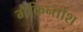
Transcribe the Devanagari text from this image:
मैकिन्तोश